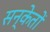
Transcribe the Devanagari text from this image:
सन्केतों